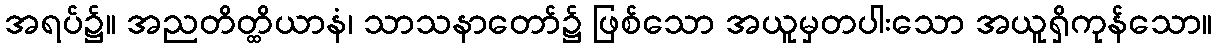
အရပ်၌။ အညတိတ္ထိယာနံ၊ သာသနာတော်၌ ဖြစ်သော အယူမှတပါးသော အယူရှိကုန်သော။